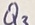
Text: Q3